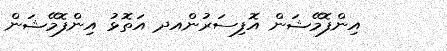
އިންފޮމޭޝަން އޮފިސަރުންއދ އަތޮޅު އިންފޮމޭޝަން